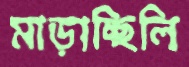
মাড়াচ্ছিলি